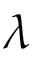
\lambda